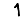
Digit: 1